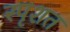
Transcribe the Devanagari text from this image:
स्पृशत